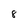
Character: 8